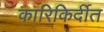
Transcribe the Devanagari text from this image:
कारिकिर्दीत